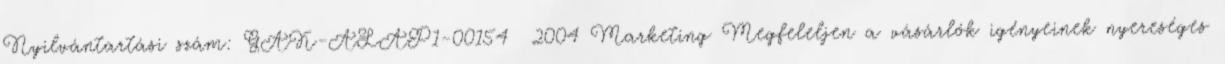
Nyilvántartási szám: GAK-ALAP1-00154 2004 Marketing Megfeleljen a vásárlók igényeinek nyereséges